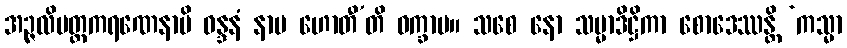
အဉ္ဇလိမတ္တကရဏေနာပိ ဝန္ဒနံ နာမ ဟောတီ’တိ ဝက္ခာမ။ သစေ နော သမ္မာဒိဋ္ဌိကာ စောဒေဿန္တိ ‘ကသ္မာ